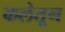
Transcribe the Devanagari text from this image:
कलेतून